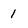
Character: 1